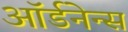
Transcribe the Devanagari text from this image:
ऑर्डनेन्स